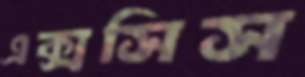
এক্সসিস